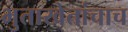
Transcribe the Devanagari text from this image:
भुताखेतांचाच